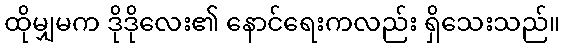
ထိုမျှမက ဒိုဒိုလေး၏ နောင်ရေးကလည်း ရှိသေးသည်။